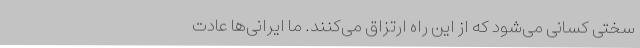
سختی کسانی می‌شود که از این راه ارتزاق می‌کنند. ما ایرانی‌ها عادت